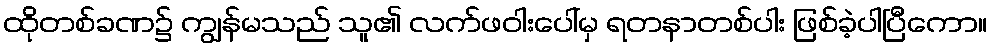
ထိုတစ်ခဏ၌ ကျွန်မသည် သူ၏ လက်ဖဝါးပေါ်မှ ရတနာတစ်ပါး ဖြစ်ခဲ့ပါပြီကော။